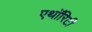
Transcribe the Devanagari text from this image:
एथॉरिटी